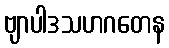
ဗျာပါဒသဟဂတေန